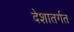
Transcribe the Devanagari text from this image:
देशातर्गत